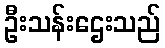
ဦးသန်းဌေးသည်